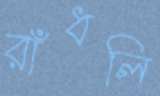
রাঁধলি